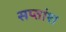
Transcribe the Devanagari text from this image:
सप्तांश